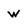
Character: w